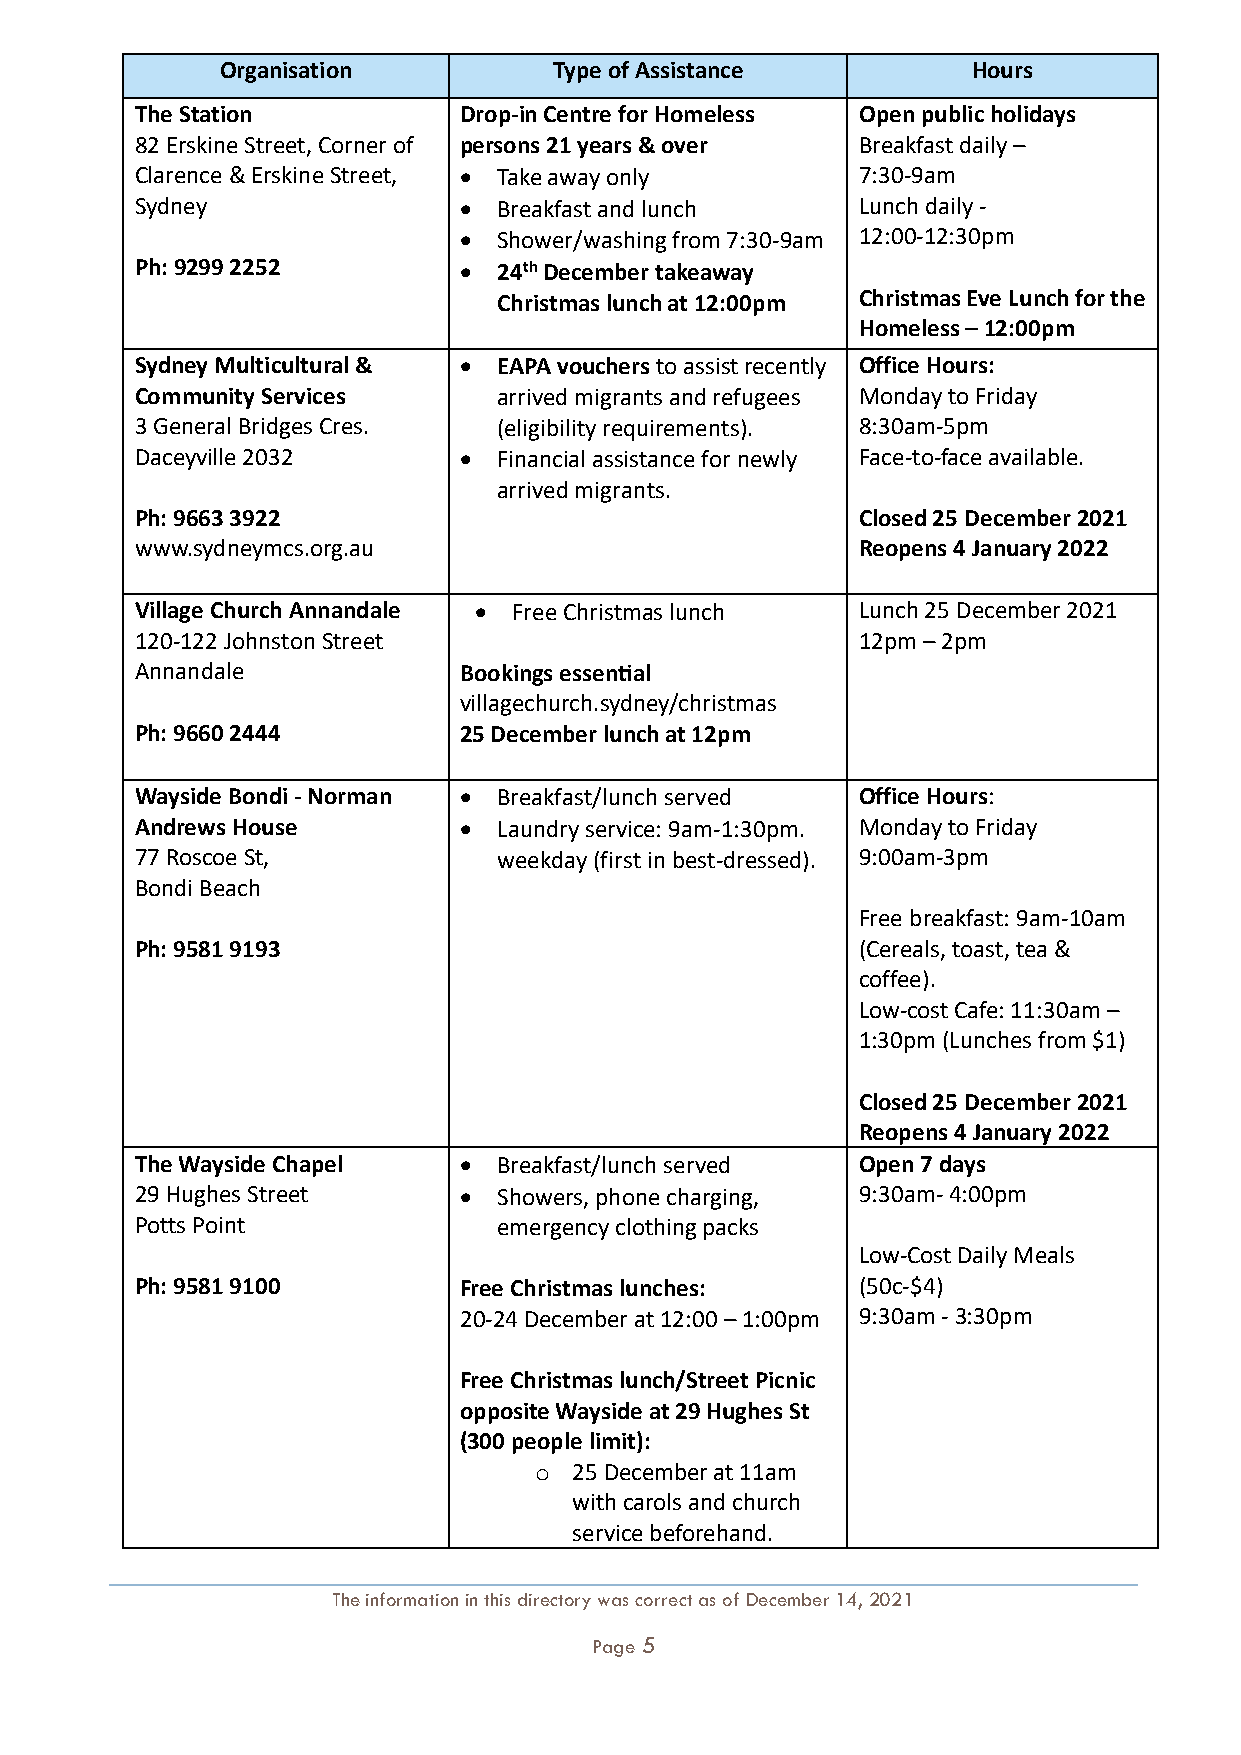
Organisation          Type of Assistance         Hours
 The Station          Drop-in Centre for Homeless Open public holidays
 82 Erskine Street, Corner of persons 21 years & over Breakfast daily –
 Clarence & Erskine Street, • Take away only     7:30-9am
 Sydney               •  Breakfast and lunch     Lunch daily -
 •  Shower/washing from 7:30-9am 12:00-12:30pm
 Ph: 9299 2252        •  24th December takeaway
 Christmas lunch at 12:00pm Christmas Eve Lunch for the
 Homeless – 12:00pm
 Sydney Multicultural & • EAPA vouchers to assist recently Office Hours:
 Community Services      arrived migrants and refugees Monday to Friday
 3 General Bridges Cres. (eligibility requirements). 8:30am-5pm
 Daceyville 2032      •  Financial assistance for newly Face-to-face available.
 arrived migrants.
 Ph: 9663 3922                                   Closed 25 December 2021
 www.sydneymcs.org.au                            Reopens 4 January 2022
 Village Church Annandale • Free Christmas lunch Lunch 25 December 2021
 120-122 Johnston Street                         12pm – 2pm
 Annandale            Bookings essential
 villagechurch.sydney/christmas
 Ph: 9660 2444        25 December lunch at 12pm
 Wayside Bondi - Norman • Breakfast/lunch served Office Hours:
 Andrews House        •  Laundry service: 9am-1:30pm. Monday to Friday
 77 Roscoe St,           weekday (first in best-dressed). 9:00am-3pm
 Bondi Beach
 Free breakfast: 9am-10am
 Ph: 9581 9193                                   (Cereals, toast, tea &
 coffee).
 Low-cost Cafe: 11:30am –
 1:30pm (Lunches from $1)
 Closed 25 December 2021
 Reopens 4 January 2022
 The Wayside Chapel   •  Breakfast/lunch served  Open 7 days
 29 Hughes Street     •  Showers, phone charging, 9:30am- 4:00pm
 Potts Point             emergency clothing packs
 Low-Cost Daily Meals
 Ph: 9581 9100        Free Christmas lunches:    (50c-$4)
 20-24 December at 12:00 – 1:00pm 9:30am - 3:30pm
 Free Christmas lunch/Street Picnic
 opposite Wayside at 29 Hughes St
 (300 people limit):
 o  25 December at 11am
 with carols and church
 service beforehand.
 The information in this directory was correct as of December 14, 2021
 Page 5